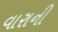
વારાની